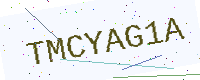
Text: TMCYAG1A